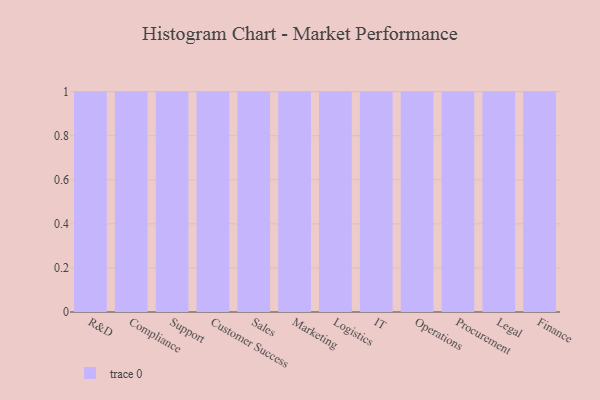
{"axis": {"x": "Department", "y": "Churn Rate (%)"}, "legend": [""], "data": [{"x": "R&D", "y": 79, "type": ""}, {"x": "Compliance", "y": 50, "type": ""}, {"x": "Support", "y": 12, "type": ""}, {"x": "Customer Success", "y": 57, "type": ""}, {"x": "Sales", "y": 24, "type": ""}, {"x": "Marketing", "y": 66, "type": ""}, {"x": "Logistics", "y": 12, "type": ""}, {"x": "IT", "y": 40, "type": ""}, {"x": "Operations", "y": 98, "type": ""}, {"x": "Procurement", "y": 34, "type": ""}, {"x": "Legal", "y": 27, "type": ""}, {"x": "Finance", "y": 21, "type": ""}]}